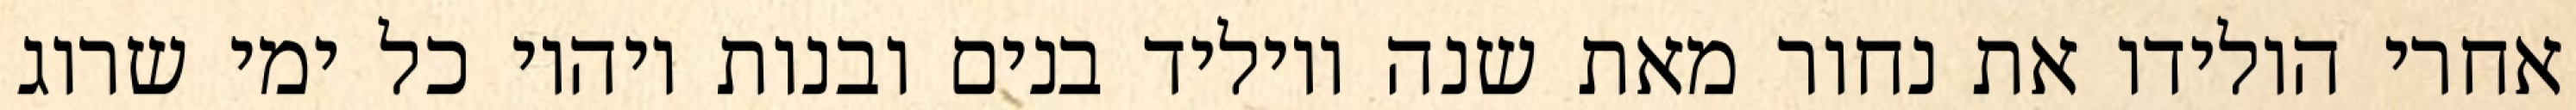
אחרי הולידו את נחור מאת שנה ויוליד בנים ובנות ויהיו כל ימי שרוג